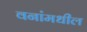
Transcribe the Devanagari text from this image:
वनांमधील